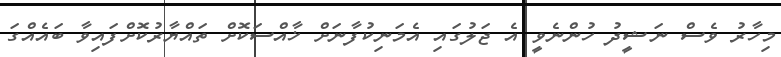
މިހާރު ވެސް ނަޝީދު ހުންނެވީ އެ ޖަލުގައި އެމަނިކުފާނަށް ޚާއްސަކޮށް ތައްޔާރުކޮށްފައިވާ ބައެއްގަ